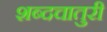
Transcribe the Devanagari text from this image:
शब्दचातुरी